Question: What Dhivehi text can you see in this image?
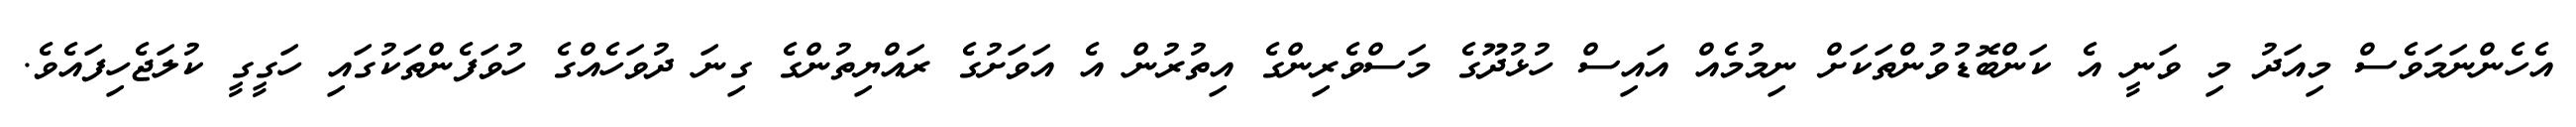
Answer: އެހެންނަމަވެސް މިއަދު މި ވަނީ އެ ކަންބޮޑުވުންތަކަށް ނިމުމެއް އައިސް ހުޅުދޫގެ މަސްވެރިންގެ އިތުރުން އެ އަވަށުގެ ރައްޔިތުންގެ ގިނަ ދުވަހެއްގެ ހުވަފެންތަކުގައި ހަގީގީ ކުލަޖެހިފައެވެ.